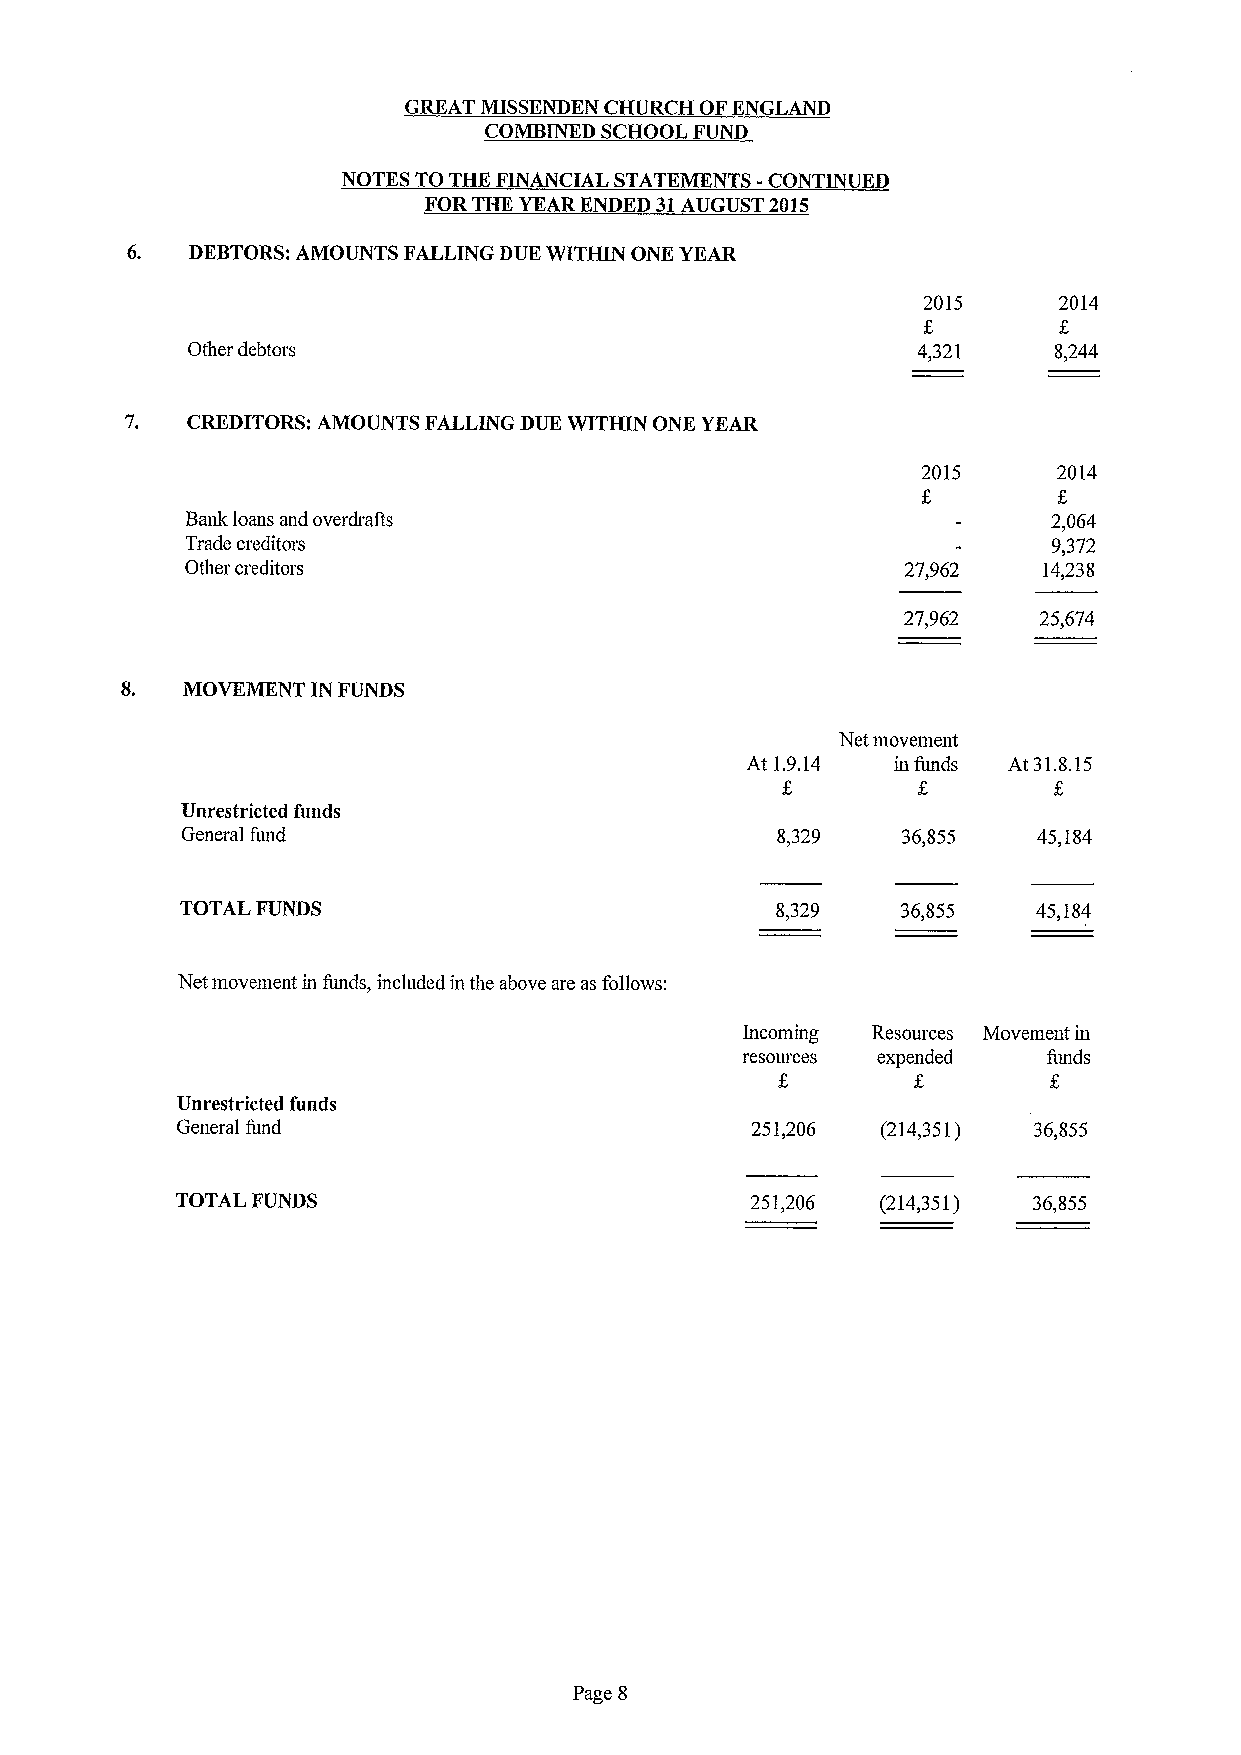
GREAT MISSENDEN CHURCH OFENGLAND
 COMBINED SCHOOL FUND
 NOTES TOTHE FINANCIAL STATEMENTS -CONTINUED
 FORTHE YEAR ENDED 31AUGUST 2015
 6.  DEBTORS:AMOUNTS FALLING DUE WITHIN ONE YEAR
 2015     2014
 Other debtors                                    4,321    8,244
 7.  CREDITORS: AMOUNTS FALLING DUE WITHIN ONE YEAR
 2015     2014
 Bank loans and overdratis                                 2,064
 Trade creditors                                           9,372
 Other creditors                                 27,962   14,238
 27,962   25,674
 S.  MOVEMENT IN FUNDS
 Net movement
 At 1.9.14 in funds At 31.8.15
 Unrestricted funds
 General fund                           8,329    36,855   45,184
 TOTAL FUNDS                            8,329    36,855   45,184
 Net movement in funds, included in the above are as follows:
 Incoming Resources Movement in
 resources expended  funds
 Unrestricted funds
 General fund                          251,206 (214,351) 36,855
 TOTAL FUNDS                           251,206 (214,351) 36,855
 Page 8